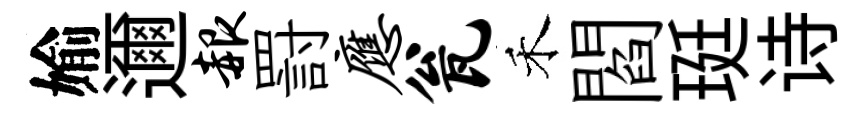
媮邇赧罸应瓮禾閻珽诗